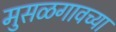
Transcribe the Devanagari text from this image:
मुसळगावच्या